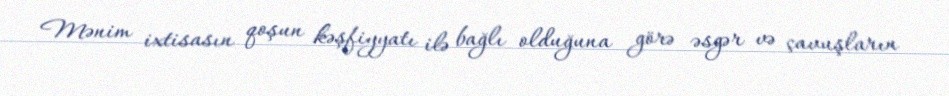
Mənim ixtisasın qoşun kəşfiyyatı ilə bağlı olduğuna görə əsgər və çavuşların